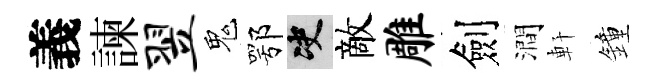
義諫翌鬼鄂决敵雕劍澗軒鐘